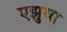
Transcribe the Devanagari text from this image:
एझुवा